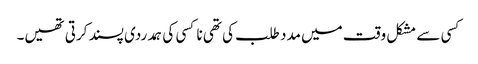
کسی سے مشکل وقت میں مدد طلب کی تھی نا کسی کی ہمدردی پسند کرتی تھیں۔